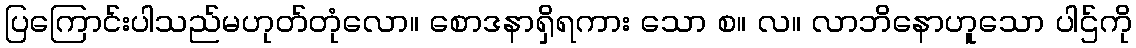
ပြကြောင်းပါသည်မဟုတ်တုံလော။ စောဒနာရှိရကား သော စ။ လ။ လာဘိနောဟူသော ပါဌ်ကို